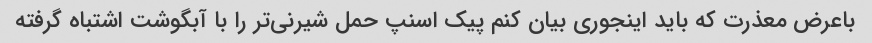
باعرض معذرت که باید اینجوری بیان کنم پیک اسنپ حمل شیرنی‌تر را با آبگوشت اشتباه گرفته